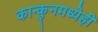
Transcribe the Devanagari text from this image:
कान्कुनमध्येही